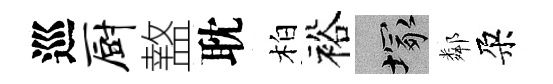
巡厨盩耽柏裕塚鄰朶